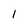
Character: 1